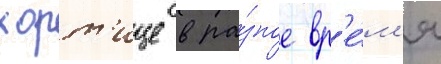
хорт'ице в ра́зное вр'е́м'я